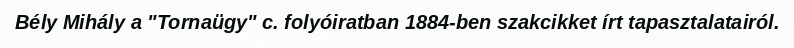
Bély Mihály a "Tornaügy" c. folyóiratban 1884-ben szakcikket írt tapasztalatairól.